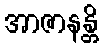
အာဇာနန္တိ